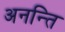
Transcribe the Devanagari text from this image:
अनन्ति